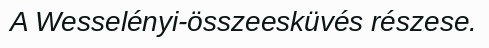
A Wesselényi-összeesküvés részese.